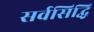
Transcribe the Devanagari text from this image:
सर्वसिद्धि